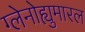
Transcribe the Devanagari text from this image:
ग्लेनोह्युमारल